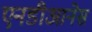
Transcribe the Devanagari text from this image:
एनडीआनेस